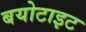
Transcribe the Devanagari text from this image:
बयोटाइट